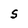
Character: S